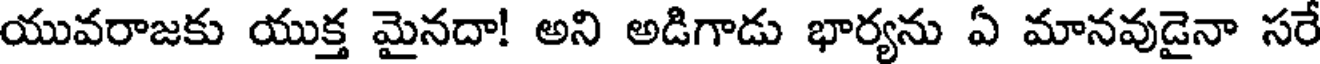
యువరాజకు యుక్త మైనదా! అని అడిగాడు భార్యను ఏ మానవుడైనా సరే